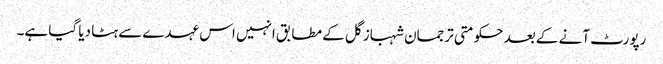
رپورٹ آنے کے بعد حکومتی ترجمان شہباز گل کے مطابق انہیں اس عہدے سے ہٹا دیا گیا ہے۔